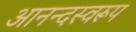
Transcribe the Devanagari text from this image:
आनन्दस्वरूप